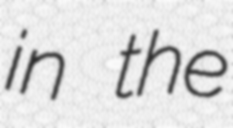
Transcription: in the